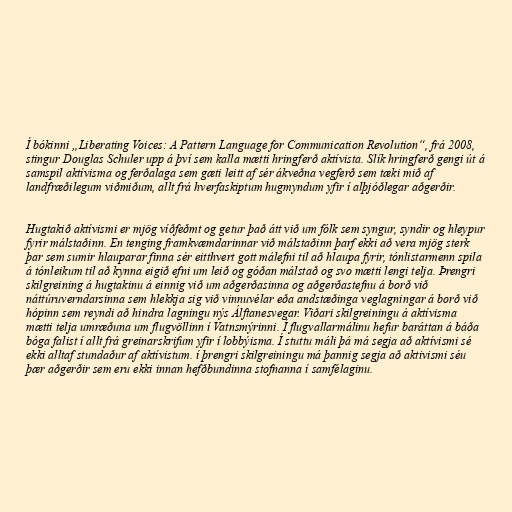
Í bókinni „Liberating Voices: A Pattern Language for Communication Revolution“, frá 2008,
stingur Douglas Schuler upp á því sem kalla mætti hringferð aktívista. Slík hringferð gengi út á
samspil aktívisma og ferðalaga sem gæti leitt af sér ákveðna vegferð sem tæki mið af
landfræðilegum viðmiðum, allt frá hverfaskiptum hugmyndum yfir í alþjóðlegar aðgerðir.

Hugtakið aktívismi er mjög víðfeðmt og getur það átt við um fólk sem syngur, syndir og hleypur
fyrir málstaðinn. En tenging framkvæmdarinnar við málstaðinn þarf ekki að vera mjög sterk
þar sem sumir hlauparar finna sér eitthvert gott málefni til að hlaupa fyrir, tónlistarmenn spila
á tónleikum til að kynna eigið efni um leið og góðan málstað og svo mætti lengi telja. Þrengri
skilgreining á hugtakinu á einnig við um aðgerðasinna og aðgerðastefnu á borð við
náttúruverndarsinna sem hlekkja sig við vinnuvélar eða andstæðinga veglagningar á borð við
hópinn sem reyndi að hindra lagningu nýs Álftanesvegar. Viðari skilgreiningu á aktívisma
mætti telja umræðuna um flugvöllinn í Vatnsmýrinni. Í flugvallarmálinu hefur baráttan á báða
bóga falist í allt frá greinarskrifum yfir í lobbýisma. Í stuttu máli þá má segja að aktívismi sé
ekki alltaf stundaður af aktívistum. í þrengri skilgreiningu má þannig segja að aktivismi séu
þær aðgerðir sem eru ekki innan hefðbundinna stofnanna í samfélaginu.